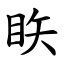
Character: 䀢